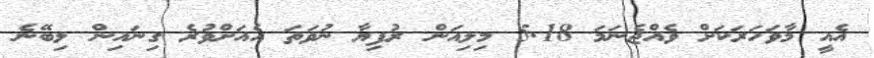
އެއީ މާވަހަރަކަށް ވެއްޖެނަމަ 5.18 މިލިއަން ރުފިޔާ ނުވަތަ އެއަށްވުރެ ގިނައިން ލިބޭނެ